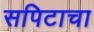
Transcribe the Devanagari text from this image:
सपिटाचा